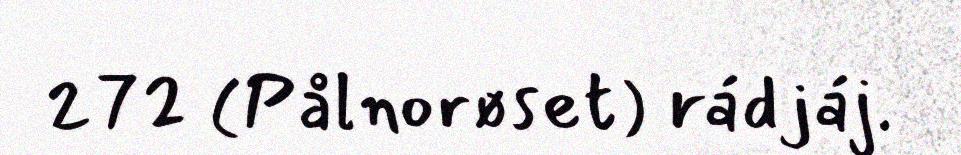
272 (Pålnorøset) rádjáj.